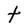
Character: t